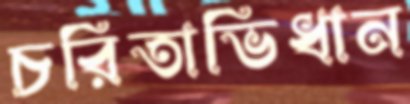
চরিতাভিধান